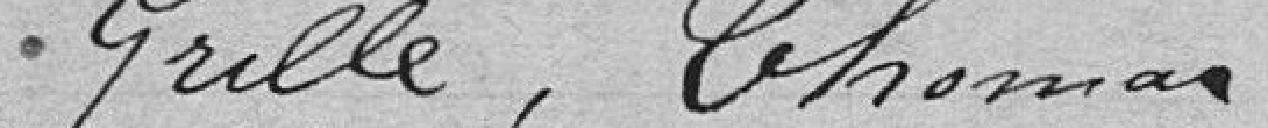
Grille, Thomas